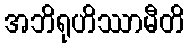
အဘိရုဟိဿာမီတိ